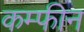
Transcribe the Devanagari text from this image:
कम्फीन